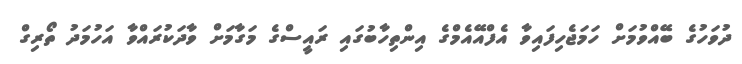
ދުވަހުގެ ބޭއްވުމަށް ހަމަޖެހިފައިވާ އެފްއޭއެމްގެ އިންތިހާބުގައި ރައީސްގެ މަގާމަށް ވާދަކުރައްވާ އަހުމަދު ތޯރިގް